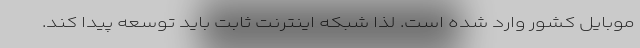
موبایل کشور وارد شده است. لذا شبکه اینترنت ثابت باید توسعه پیدا کند.